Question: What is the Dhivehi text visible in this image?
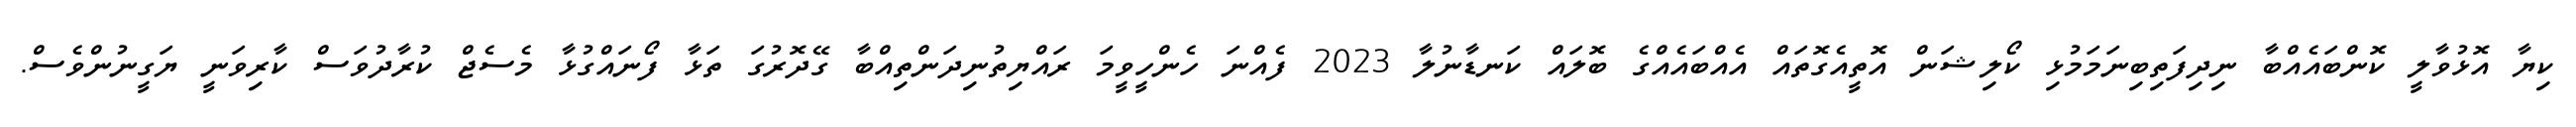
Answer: ކިޔާ އޮޅުވާލީ ކޮންބައެއްބާ ނިދިފަތިބިނަމަމުޅި ކޯލިޝަން އޮތީއެގޮތައް އެއްބައެއްގެ ބޮލައް ކަނޑާނުލާ 2023 ފެއްނަ ހެންހީވީމަ ރައްޔިތުނިދަންތިއްބާ ގޭދޮރުގަ ތަޅާ ފޯނައްގުޅާ މެސެޖް ކުރާދުވަސް ކާރިވަނީ ޔަގީނުންވެސް.